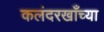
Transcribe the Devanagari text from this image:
कलंदरखाँच्या